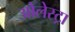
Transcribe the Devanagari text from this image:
ओलेस्ट्रा